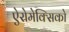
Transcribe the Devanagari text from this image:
ऐरोमेक्सिको